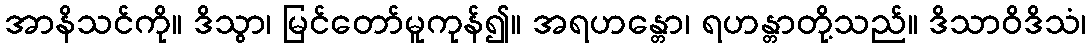
အာနိသင်ကို။ ဒိသွာ၊ မြင်တော်မူကုန်၍။ အရဟန္တော၊ ရဟန္တာတို့သည်။ ဒိသာဝိဒိသံ၊